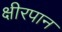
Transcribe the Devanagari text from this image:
क्षीरपान